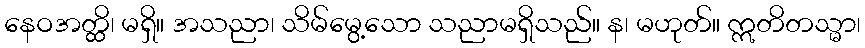
နေဝအတ္ထိ၊ မရှိ။ အသညာ၊ သိမ်မွေ့သော သညာမရှိသည်။ န၊ မဟုတ်။ ဣတိတသ္မာ၊